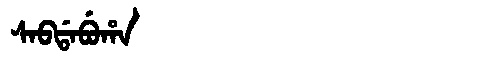
Manchu: ᠰᠠᠪᡩᠠᠪᡠᡥᠠ
Romanization: SABDABUHA